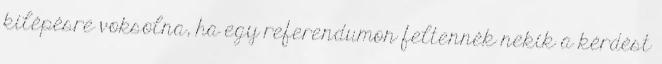
kilépésre voksolna, ha egy referendumon feltennék nekik a kérdést